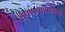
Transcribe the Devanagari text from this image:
टोपणनावानिशी